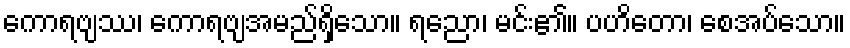
ကောရဗျဿ၊ ကောရဗျအမည်ရှိသော။ ရညော၊ မင်း၏။ ပဟိတော၊ စေအပ်သော။